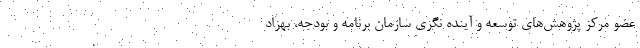
عضو مرکز پژوهش‌های توسعه و آینده نگری سازمان برنامه و بودجه، بهزاد